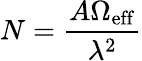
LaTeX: N=\frac{A\Omega_{\mathrm{eff}}}{\lambda^{2}}